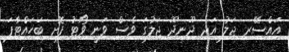
އައްސޭރި ޖަލު އަދި ދޫނިދޫ ޖަލުގަ ވެސް ވަނީ ވޯޓު ފޮށި ބަހައްޓާފަ